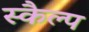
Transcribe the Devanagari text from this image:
स्कैल्प